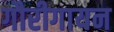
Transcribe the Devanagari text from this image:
गौरीगायन